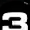
Digit: 3